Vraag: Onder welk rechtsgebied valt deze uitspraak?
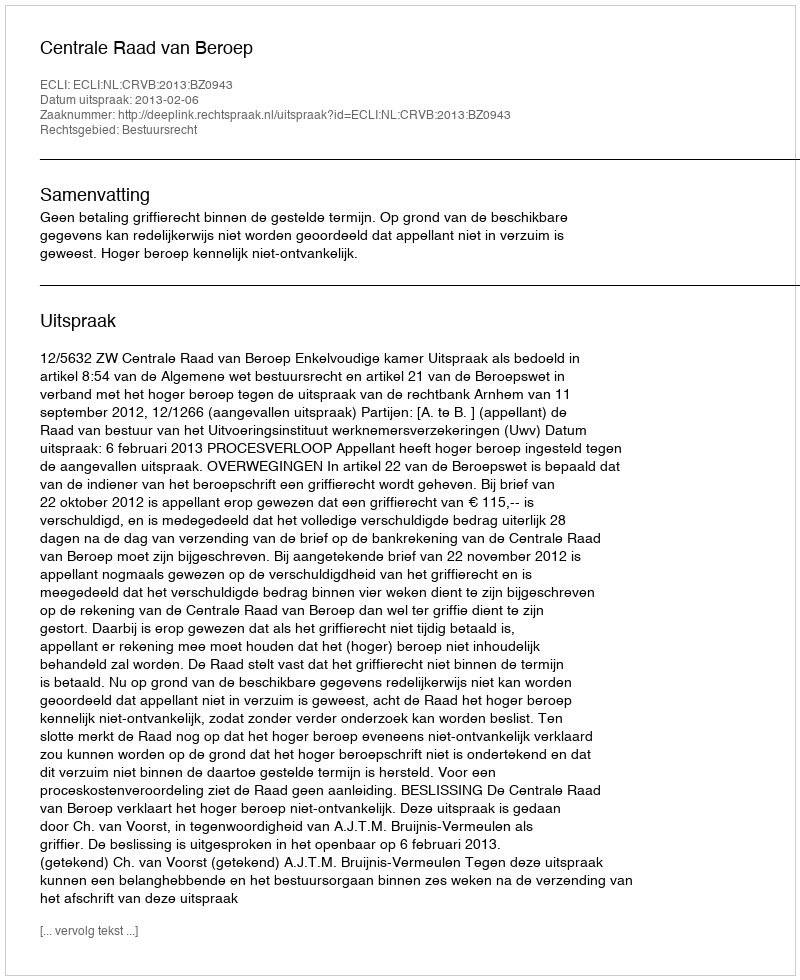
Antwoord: Bestuursrecht